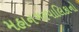
મહાનગરપાલિકાનો